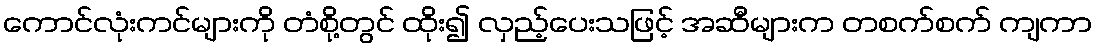
ကောင်လုံးကင်များကို တံစို့တွင် ထိုး၍ လှည့်ပေးသဖြင့် အဆီများက တစက်စက် ကျကာ